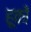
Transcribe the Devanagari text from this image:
हूकों